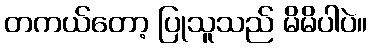
တကယ်တော့ ပြုသူသည် မိမိပါပဲ။